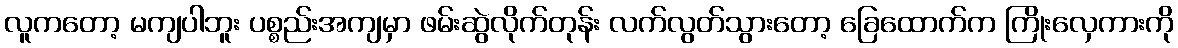
လူကတော့ မကျပါဘူး ပစ္စည်းအကျမှာ ဖမ်းဆွဲလိုက်တုန်း လက်လွတ်သွားတော့ ခြေထောက်က ကြိုးလှေကားကို